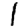
Digit: 1